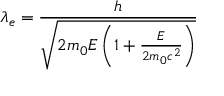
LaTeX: \lambda _ { e } = { \frac { h } { \sqrt { 2 m _ { 0 } E \left( 1 + { \frac { E } { 2 m _ { 0 } c ^ { 2 } } } \right) } } }